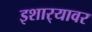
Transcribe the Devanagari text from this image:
इशार्‍यावर